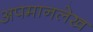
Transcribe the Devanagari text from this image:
अपमानलेख